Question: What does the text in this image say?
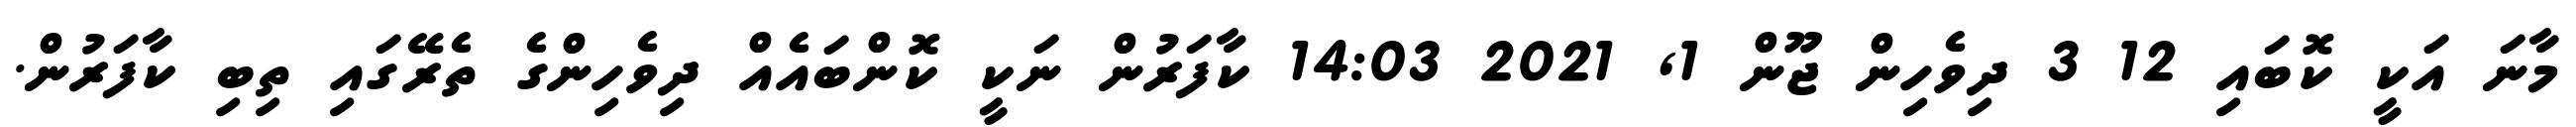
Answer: މާނަ އަކީ ކޮބައި 12 3 ދިވެހިން ޖޫން 1, 2021 14:03 ކާފަރުން ނަކީ ކޮންބައެއް ދިވެހިންގެ ތެރޭގައި ތިބި ކާފަރުން.